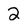
Character: 2